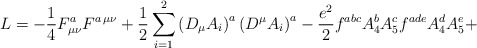
\begin{align*}L= - \frac{1}{4} F^{a}_{\mu \nu} F^{a \, \mu \nu} + \frac{1}{2} \sum_{i=1}^{2} \left( D_{\mu} A_{i} \right)^{a} \left( D^{\mu} A_{i} \right)^{a} - \frac{e^2}{2} f^{abc} A_{4}^{b} A_{5}^{c}f^{ade} A_{4}^{d} A_{5}^{e} +\end{align*}